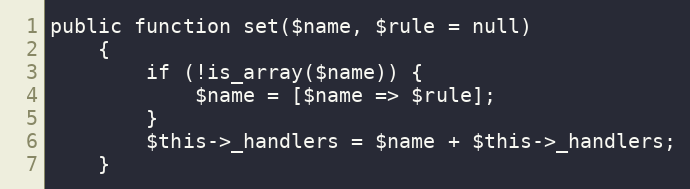
Language: PHP
public function set($name, $rule = null)
    {
        if (!is_array($name)) {
            $name = [$name => $rule];
        }
        $this->_handlers = $name + $this->_handlers;
    }